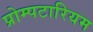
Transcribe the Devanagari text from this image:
प्रोम्पटारियम